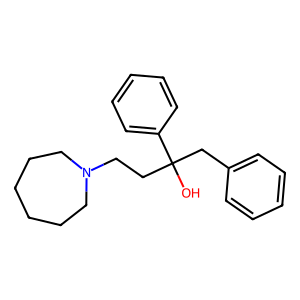
SMILES: OC(CCN1CCCCCC1)(Cc1ccccc1)c1ccccc1
Inhibits HIV replication: No